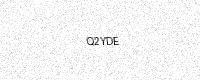
Text: Q2YDE